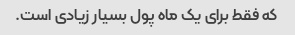
که فقط برای یک ماه پول بسیار زیادی است.